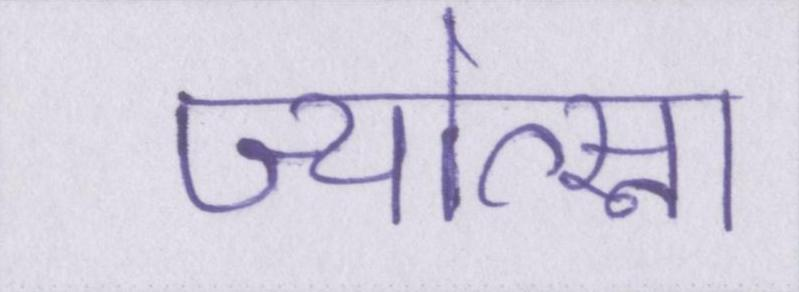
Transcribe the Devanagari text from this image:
ज्योत्स्ना